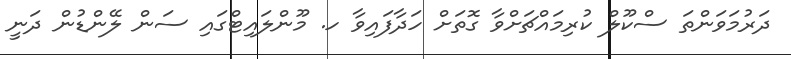
ދަރުމަވަންތަ ސްކޫލް ކުރިމައްޗަށްވާ ގޮތަށް ހަދާފައިވާ ހ. މޫންލައިޓްގައި ސަން ލޭންޑުން ދަނީ